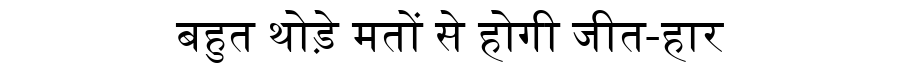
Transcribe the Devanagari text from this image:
बहुत थोड़े मतों से होगी जीत-हार